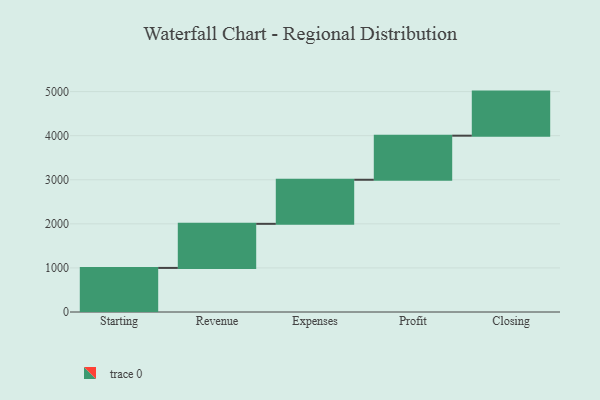
{"axis": {"x": "Step", "y": "Value"}, "legend": [""], "data": [{"x": "Starting", "y": 1000, "type": ""}, {"x": "Revenue", "y": 1000, "type": ""}, {"x": "Expenses", "y": 1000, "type": ""}, {"x": "Profit", "y": 1000, "type": ""}, {"x": "Closing", "y": 1000, "type": ""}]}